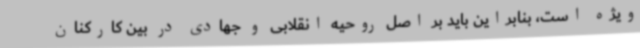
ویژه است، بنابراین باید بر اصل روحیه انقلابی و جهادی در بین کارکنان